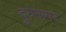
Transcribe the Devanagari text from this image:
दुध्सागर